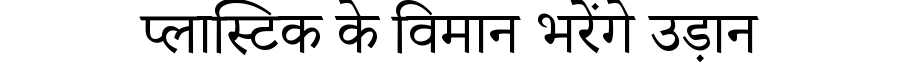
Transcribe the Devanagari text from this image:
प्लास्टिक के विमान भरेंगे उड़ान